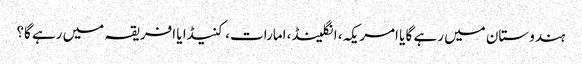
ہندوستان میں رہے گا یا امریکہ، انگلینڈ، امارات، کنیڈا یا افریقہ میں رہے گا؟